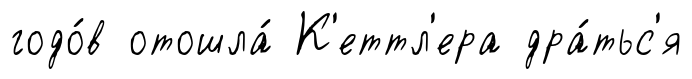
годо́в отошла́ К'еттл'ера дра́тьс'я